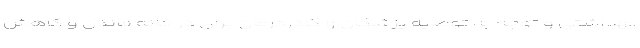
بهداشتی و توجه به توصیه پزشکان و کادردرمان برای در خانه ماندن و کاهش